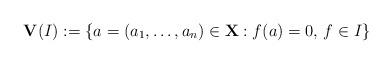
LaTeX: \begin{align*}\mathbf V(I):=\{a=(a_1,\dots,a_n)\in\mathbf X: f(a)=0,\,f\in I\}\end{align*}